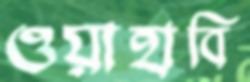
ওয়াহাবি